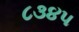
૮૩૪૫